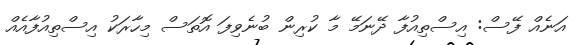
އަނެއް ފޭސް: އިސްތިއުފާ ދޭނަމޭ މާ ކުރިން ބުނެވިފަ އޮތަސް މިހާރަކު އިސްތިއުފާއެއް